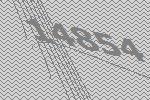
14854